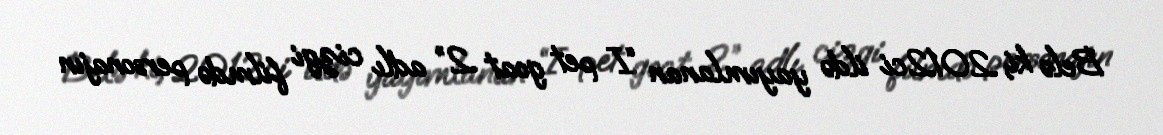
Belə ki, 2012ci ildə yayımlanan “I pet goat 2” adlı cizgi filmdə personajın